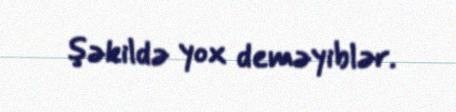
şəkildə yox deməyiblər.